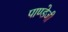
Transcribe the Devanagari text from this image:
पाण्डेजी